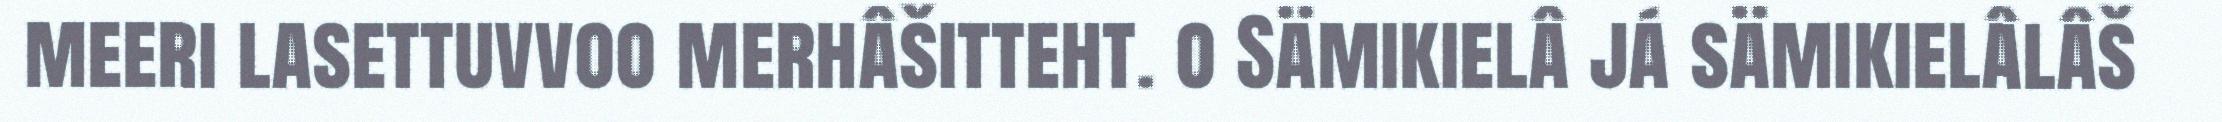
meeri lasettuvvoo merhâšitteht. o Sämikielâ já sämikielâlâš